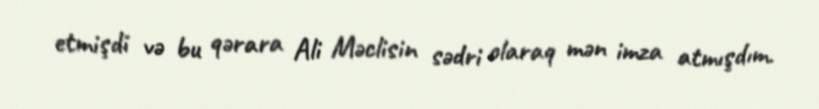
etmişdi və bu qərara Ali Məclisin sədri olaraq mən imza atmışdım.